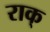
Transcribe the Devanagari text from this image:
राक्‌